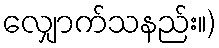
လျှောက်သနည်း။)